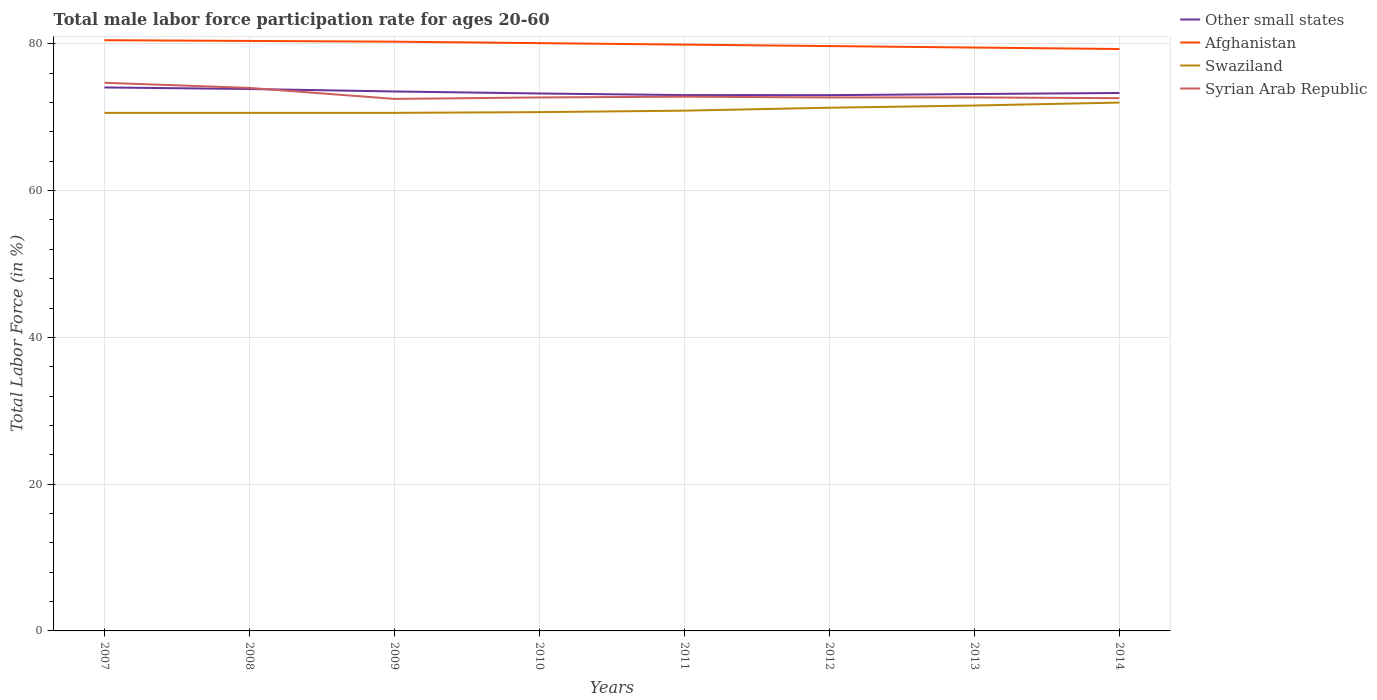
| Years | Other small states | Afghanistan | Swaziland | Syrian Arab Republic |
 | --- | --- | --- | --- | --- |
 | 2007 | 74.1 | 80.5 | 70.6 | 74.7 |
 | 2008 | 73.9 | 80.4 | 70.6 | 74 |
 | 2009 | 73.5 | 80.3 | 70.6 | 72.5 |
 | 2010 | 73.2 | 80.1 | 70.7 | 72.7 |
 | 2011 | 73 | 79.9 | 70.9 | 72.8 |
 | 2012 | 73 | 79.7 | 71.3 | 72.7 |
 | 2013 | 73.2 | 79.5 | 71.6 | 72.7 |
 | 2014 | 73.3 | 79.3 | 72 | 72.6 |